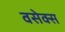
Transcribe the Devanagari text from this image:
वसेक्स